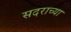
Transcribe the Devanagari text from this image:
सदराच्या